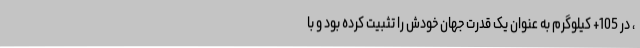
، در 105+ کیلوگرم به عنوان یک قدرت جهان خودش را تثبیت کرده بود و با